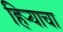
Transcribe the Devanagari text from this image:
हिर्‍याचा